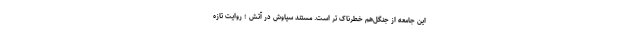
این جامعه از جنگل‌هم خطرناک تر است. مستند سیاوش در آتش ؛ روایت تازه